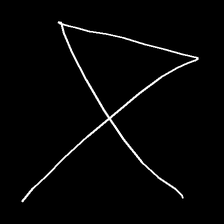
Glyph: collection